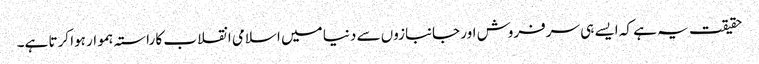
حقیقت یہ ہے کہ ایسے ہی سرفروش اور جانبازوں سے دنیا میں اسلامی انقلاب کا راستہ ہموار ہوا کرتا ہے۔